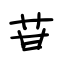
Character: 苷